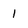
Character: 1